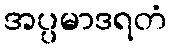
အပ္ပမာဒရတံ